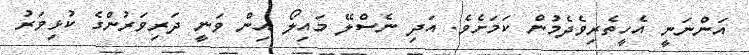
އަންނަނީ އެހީތެރިވެދެމުން ކަމަށެވެ. އަދި ނެސްލޭ މައިލޯ އިން ވަނީ ދަރިވަރުންގެ ކުޅިވަރު